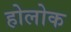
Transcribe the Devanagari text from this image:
होलोक